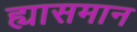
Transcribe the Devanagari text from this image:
ह्यासमान